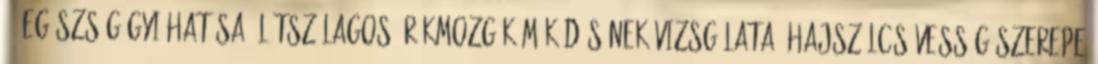
21 egészségügyi hatása. Látszólagos örökmozgók működésének vizsgálata. hajszálcsövesség szerepe